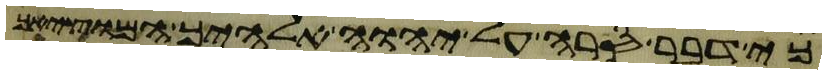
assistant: כי דבר סרה על יהוה אלהיך המוציאך